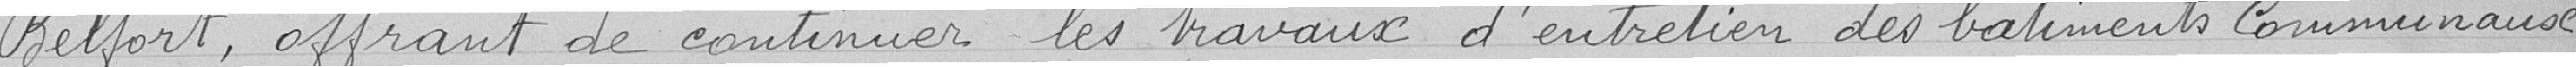
Belfort, offrant de continuer les travaux d'entretien des bâtiments communaux